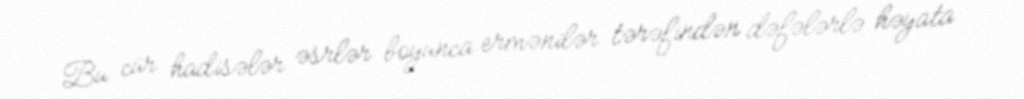
Bu cür hadisələr əsrlər boyunca ermənilər tərəfindən dəfələrlə həyata